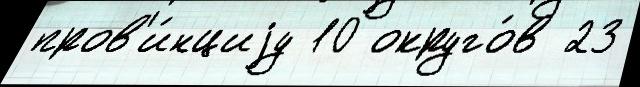
пров'и́нциjу 10 округо́в 23